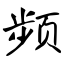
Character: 频